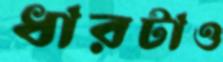
ধারটাও